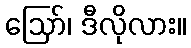
ဪ၊ ဒီလိုလား။